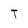
Character: T